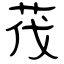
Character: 茷